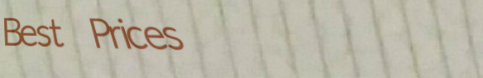
Best Prices